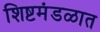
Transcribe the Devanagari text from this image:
शिष्टमंडळात